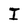
Character: I